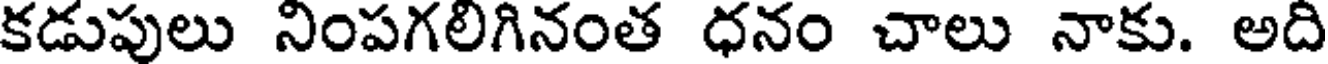
కడుపులు నింపగలిగినంత ధనం చాలు నాకు. అది